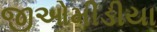
જીઓમીડીયા